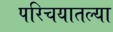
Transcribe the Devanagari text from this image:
परिचयातल्या